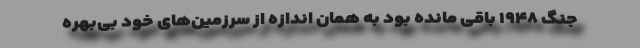
جنگ ۱۹۴۸ باقی مانده بود به همان اندازه از سرزمین‌های خود بی‌بهره